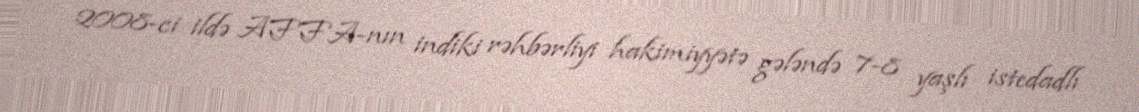
2008-ci ildə AFFA-nın indiki rəhbərliyi hakimiyyətə gələndə 7-8 yaşlı istedadlı